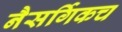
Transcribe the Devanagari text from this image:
नैसर्गिकच